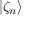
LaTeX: | \zeta _ { n } \rangle